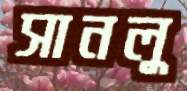
সানলু